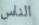
الناس